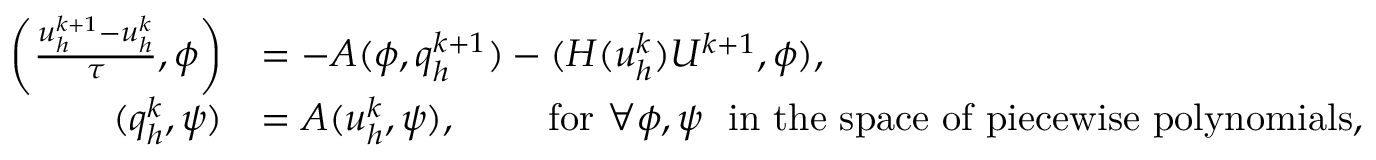
\begin{array} { r l } { \left( \frac { u _ { h } ^ { k + 1 } - u _ { h } ^ { k } } { \tau } , \phi \right) } & { = - A ( \phi , q _ { h } ^ { k + 1 } ) - ( H ( u _ { h } ^ { k } ) U ^ { k + 1 } , \phi ) , } \\ { ( q _ { h } ^ { k } , \psi ) } & { = A ( u _ { h } ^ { k } , \psi ) , ~ ~ ~ ~ ~ ~ ~ \mathrm { f o r } ~ \forall \phi , \psi ~ ~ \mathrm { i n ~ t h e ~ s p a c e ~ o f ~ p i e c e w i s e ~ p o l y n o m i a l s } , } \end{array}